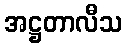
အဋ္ဌတာလီသ